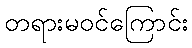
တရားမဝင်ကြောင်း